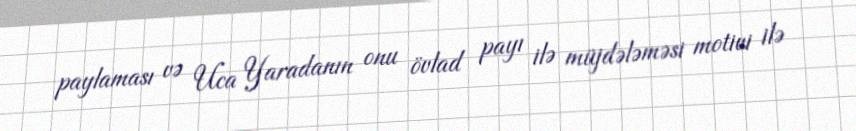
paylaması və Uca Yaradanın onu övlad payı ilə müjdələməsi motivi ilə